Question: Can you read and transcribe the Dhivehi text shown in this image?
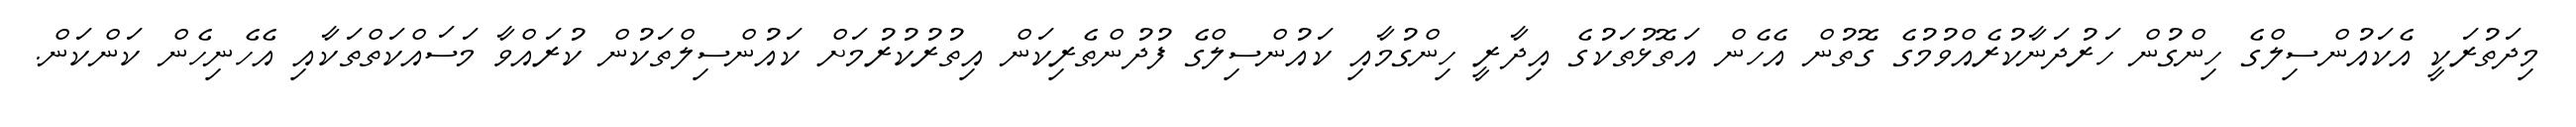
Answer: މިދަތުރަކީ އެކައުންސިލްގެ ހިންގުން ހަރުދަނާކުރެއްވުމުގެ ގޮތުން އެހެން އަތޮޅުތަކުގެ އިދާރީ ހިންގުމާއި ކައުންސިލްގެ ފުދުންތެރިކަން އިތުރުކުރުމަށް ކައުންސިލްތަކުން ކުރައްވާ މަސައްކަތްތަކާއި އެހެނިހެން ކަންކަން.